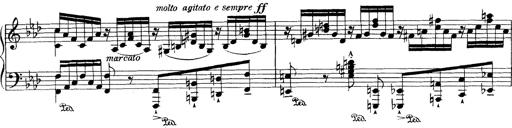
Title: Variationen Ã¼ber das Motiv von Bach
Composer: Franz Liszt